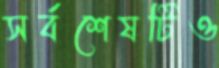
সর্বশেষটিও